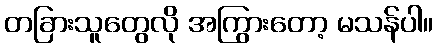
တခြားသူတွေလို အကြွားတော့ မသန်ပါ။